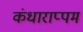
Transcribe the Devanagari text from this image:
कंधाराप्पम